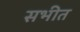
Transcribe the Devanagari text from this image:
सभीत